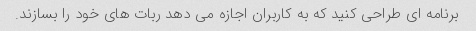
برنامه ای طراحی کنید که به کاربران اجازه می دهد ربات های خود را بسازند.